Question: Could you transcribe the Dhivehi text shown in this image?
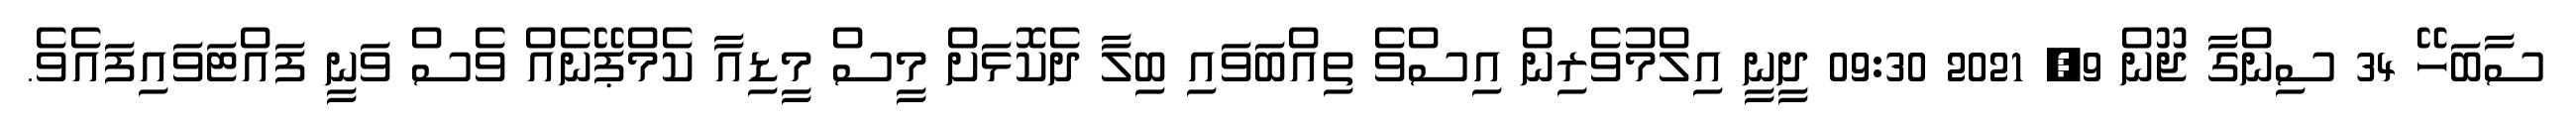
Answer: ސާބަހޭ 34 ސިންގާ ޖޫން 9, 2021 09:30 ދީނީ އިލްމުވެރިން އިސްވެ ތިއްބަވައި ބިލާ ދެކޮޅަށް މީސް މީޑިއާ ކެމްޕޭނެއް ވެސް ވަނީ ފައްޓަވައިފައެވެ.